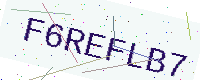
Text: F6REFLB7